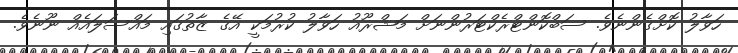
ހަވާލު ކޮށްގެންނެވެ. ސަބްކޮންޓްރެކްޓަރުންނަށް މަޝްރޫއު ހަވާލު ކުރުމަކީ އޭގެ ޒާތުގައި މައްސަލައެއް ނޫނެވެ.